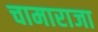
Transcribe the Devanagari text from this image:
चामाराजा